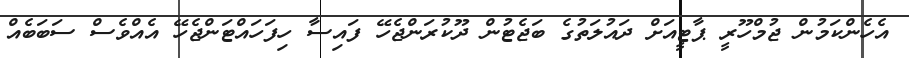
އެހެންކަމުން ޖުމްހޫރީ ޕާޓީއަށް ދައުލަތުގެ ބަޖެޓުން ދޫކުރަންޖެހޭ ފައިސާ ހިފަހައްޓަންޖެހޭ އެއްވެސް ސަބަބެއް